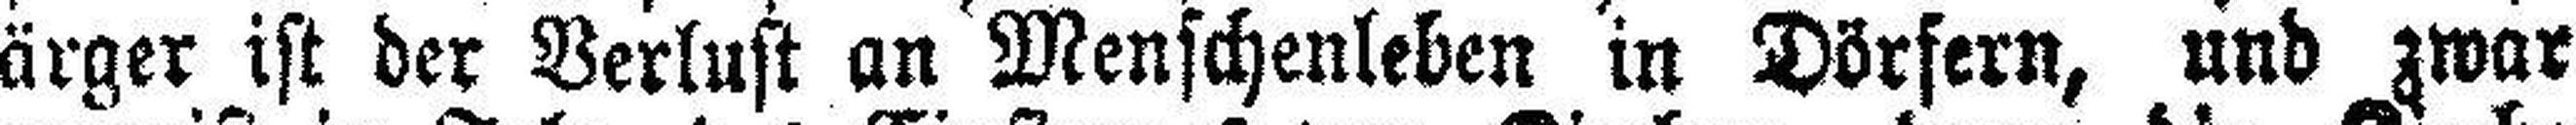
ärger ist der Verlust an Menschenleben in Dörfern, und zwar